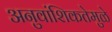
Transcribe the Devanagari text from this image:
अनुवांशिकतेमुळे